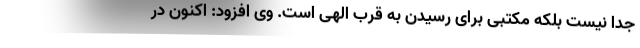
جدا نیست بلکه مکتبی برای رسیدن به قرب الهی است. وی افزود: اکنون در